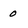
Character: 0